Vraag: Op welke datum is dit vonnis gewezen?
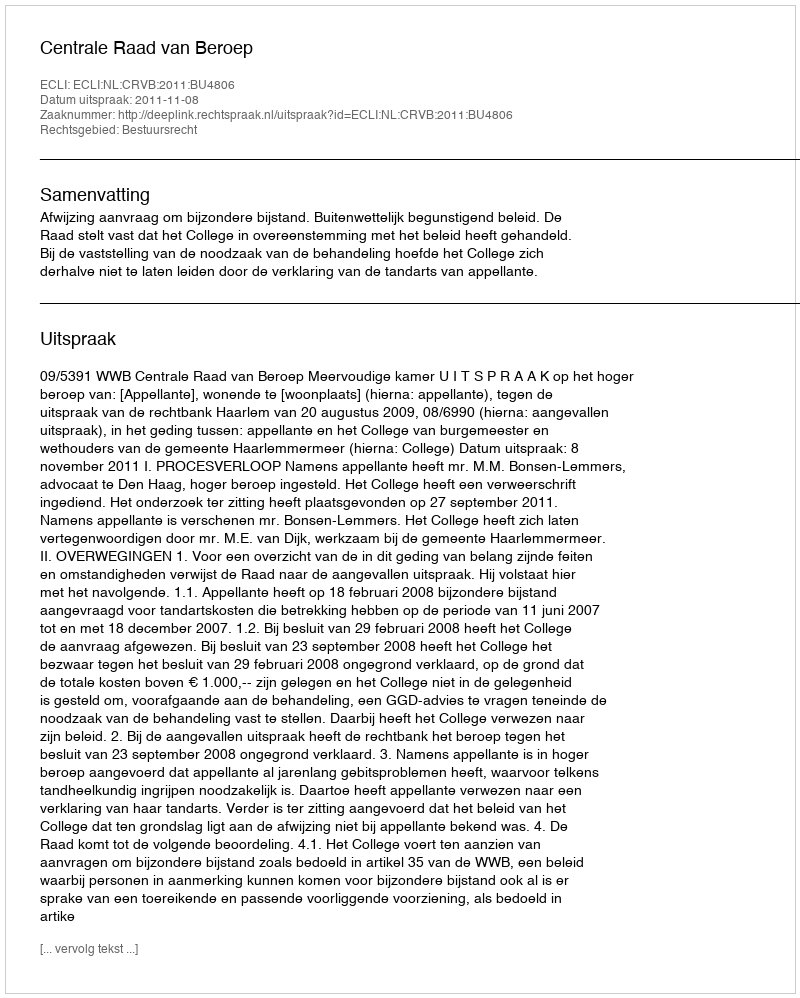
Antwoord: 2011-11-08